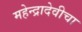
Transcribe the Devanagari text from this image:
महेन्द्रादेवीचा